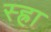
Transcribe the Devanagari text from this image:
स्ह्रा